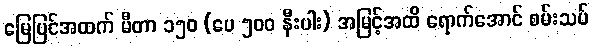
မြေပြင်အထက် မီတာ ၁၅၀ (ပေ ၅၀၀ နီးပါး) အမြင့်အထိ ရောက်အောင် စမ်းသပ်